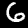
Digit: 6